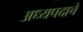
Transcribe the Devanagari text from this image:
अध्यपदाचे